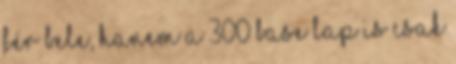
fér bele, hanem a 300 base lap is csak